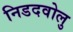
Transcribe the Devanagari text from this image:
निडदवोलु